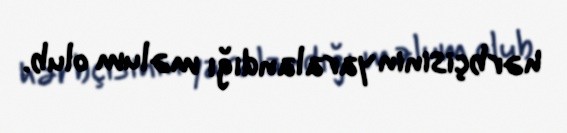
hərbçisinin yaralandığı məlum olub.